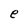
Character: e